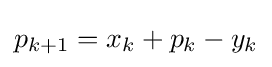
p_{k+1}=x_{k}+p_{k}-y_{k}